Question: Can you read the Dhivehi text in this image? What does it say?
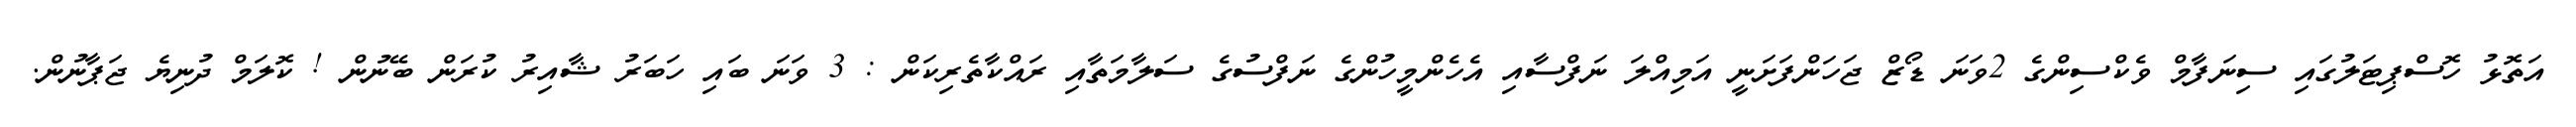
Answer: އަތޮޅު ހޮސްޕިޓަލުގައި ސިނަފާމް ވެކްސިންގެ 2ވަނަ ޑޯޒް ޖަހަންފަށަނީ އަމިއްލަ ނަފްސާއި އެހެންމީހުންގެ ނަފްސުގެ ސަލާމަތާއި ރައްކާތެރިކަން : 3 ވަނަ ބައި ހަބަރު ޝާއިރު ކުރަން ބޭނުން ! ކޮލަމް ދުނިޔެ ޖަޕާނުން.